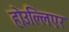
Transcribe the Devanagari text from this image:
होउल्लिएर